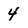
Character: 4